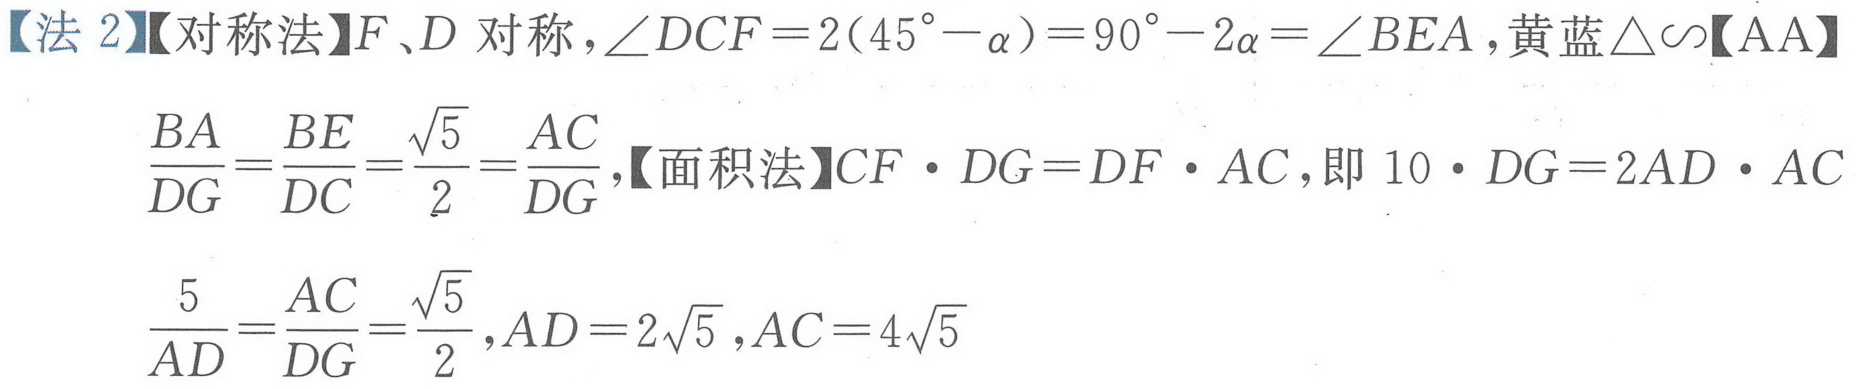
【法 2】【对称法】\(F、D\) 对称，\(\angle DCF = 2(45^{\circ}-\alpha)=90^{\circ}-2\alpha=\angle BEA\)，黄蓝\(\triangle\sim\)【AA】
\(\frac{BA}{DG}=\frac{BE}{DC}=\frac{\sqrt{5}}{2}=\frac{AC}{DG}\)，【面积法】\(CF\cdot DG = DF\cdot AC\)，即 \(10\cdot DG = 2AD\cdot AC\)
\(\frac{5}{AD}=\frac{AC}{DG}=\frac{\sqrt{5}}{2},AD = 2\sqrt{5},AC = 4\sqrt{5}\)